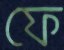
ফে